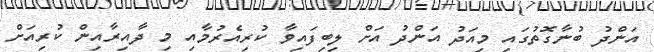
އަންދު ބުނާގޮތުގައި މިއަދު އަންދު އަށް ލިބިފައިވާ ކުރިއެރުމާއި މި ދާއިރާއިން ކުރިއަށް